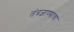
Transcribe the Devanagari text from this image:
तंत्रज्ञाण्याचा